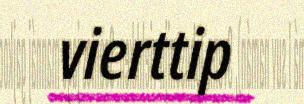
vierttip